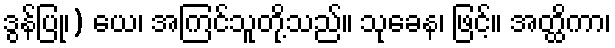
ဒွန်ပြု၊) ယေ၊ အကြင်သူတို့သည်။ သုခေန၊ ဖြင့်။ အတ္ထိကာ၊